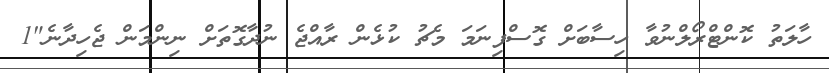
ހާލަތު ކޮންޓްރޯލްނުވާ ހިސާބަށް ގޮސްފިނަމަ މެޗު ކުޅެން ރާއްޖެ ނުދާގޮތަށް ނިންމަން ޖެހިދާނެ"1